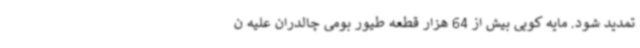
تمدید شود. مایه کوبی بیش از 64 هزار قطعه طیور بومی چالدران علیه ن